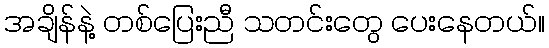
အချိန်နဲ့ တစ်ပြေးညီ သတင်းတွေ ပေးနေတယ်။